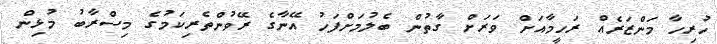
ހުރިހާ މަންޒަރެއް ރަހީމާއަށް ވަރަށް ގާތުން ބެލުމަށްފަހު އޭނާގެ ރޭވުންތެރިކަމުގެ މިސްރާބު މުޅިން